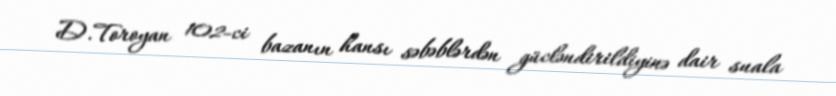
D.Toroyan 102-ci bazanın hansı səbəblərdən gücləndirildiyinə dair suala